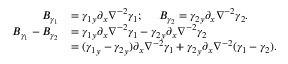
\begin{array} { r l } { B _ { \gamma _ { 1 } } } & { = { \gamma _ { 1 } } _ { y } \partial _ { x } \nabla ^ { - 2 } \gamma _ { 1 } ; \ \ \ \ B _ { \gamma _ { 2 } } = { \gamma _ { 2 } } _ { y } \partial _ { x } \nabla ^ { - 2 } { \gamma _ { 2 } } . } \\ { B _ { \gamma _ { 1 } } - B _ { \gamma _ { 2 } } } & { = { \gamma _ { 1 } } _ { y } \partial _ { x } \nabla ^ { - 2 } \gamma _ { 1 } - { \gamma _ { 2 } } _ { y } \partial _ { x } \nabla ^ { - 2 } { \gamma _ { 2 } } } \\ & { = ( { \gamma _ { 1 } } _ { y } - { \gamma _ { 2 } } _ { y } ) \partial _ { x } \nabla ^ { - 2 } \gamma _ { 1 } + { \gamma _ { 2 } } _ { y } \partial _ { x } \nabla ^ { - 2 } ( \gamma _ { 1 } - { \gamma _ { 2 } } ) . } \end{array}